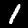
Label: 1